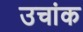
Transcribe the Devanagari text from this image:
उचांक